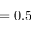
= 0 . 5